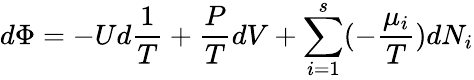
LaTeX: d\Phi=-Ud{\frac{1}{T}}+{\frac{P}{T}}dV+\sum_{i=1}^{s}(-{\frac{\mu_{i}}{T}})dN_{i}